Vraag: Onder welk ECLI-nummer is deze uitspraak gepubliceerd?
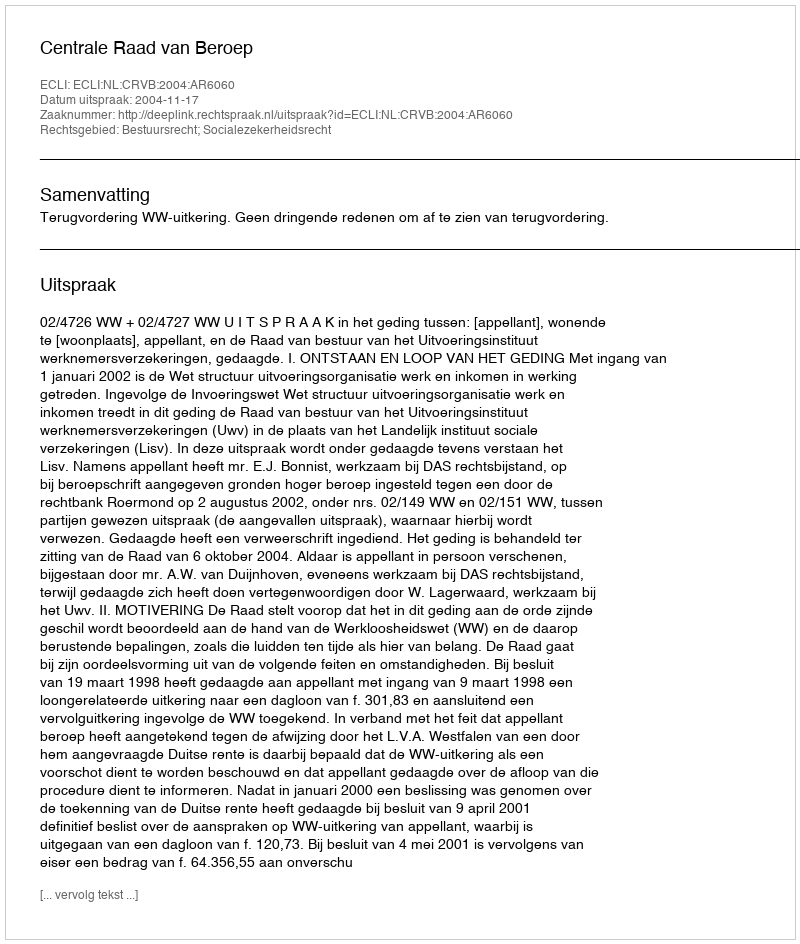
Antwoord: ECLI:NL:CRVB:2004:AR6060